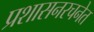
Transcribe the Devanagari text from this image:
प्रशासनरचनेत